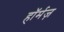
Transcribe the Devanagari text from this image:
हॉर्मज़